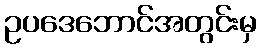
ဥပဒေဘောင်အတွင်းမှ